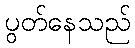
ပွတ်နေသည်